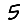
Digit: 5